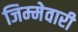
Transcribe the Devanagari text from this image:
जिम्‍मेवारी